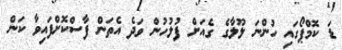
ޑަ ކޮމްޕޯގައި ހުންނަ ލޫލާގެ ގެއަށް ފުލުހުން ވަދެ އެތަން ފާސްކޮށްފައިވާ ކަން